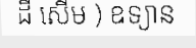
ដី សើម ) ឧទ្យាន